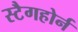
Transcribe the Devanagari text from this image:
स्टैगहोर्न